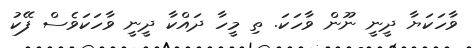
ވާހަކަޔާ ދީނީ ނޫން ވާހަކަ. ތި މީހާ ދައްކާ ދީނީ ވާހަކަވެސް ފޭކު